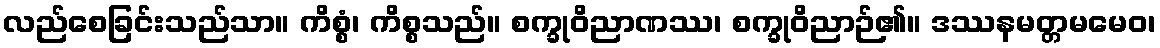
လည်စေခြင်းသည်သာ။ ကိစ္စံ၊ ကိစ္စသည်။ စက္ခုဝိညာဏဿ၊ စက္ခုဝိညာဉ်၏။ ဒဿနမတ္တမမေဝ၊